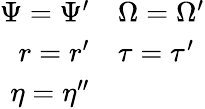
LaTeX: \begin{array}{rl}{\Psi=\Psi^{\prime}}&{{}\Omega=\Omega^{\prime}}\\ {r=r^{\prime}}&{{}\tau=\tau^{\prime}}\\ {\eta=\eta^{\prime\prime}}&{{}}\end{array}